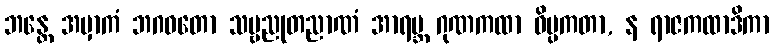
ဘန္တေ အမှာကံ ဘဂဝတော သဗ္ဗညုတညာဏံ အာရဗ္ဘ ဂုဏကထာ ဝိပ္ပကတာ, န ရာဇကထာဒိကာ